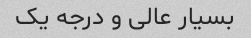
بسیار عالی و درجه یک